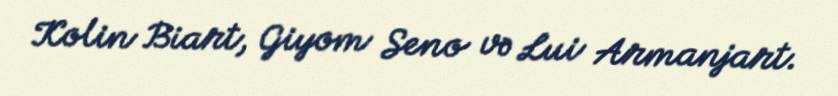
Kolin Biart, Giyom Seno və Lui Armanjart.